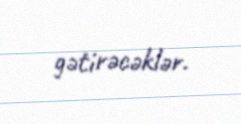
gətirəcəklər.